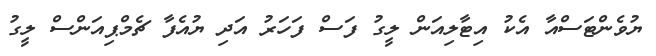
ޔުވެންޓަސްއާ އެކު އިޓާލިއަން ލީގު ފަސް ފަހަރު އަދި ޔުއެފާ ޗެމްޕިއަންސް ލީގު